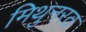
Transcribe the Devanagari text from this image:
मिथुनरत